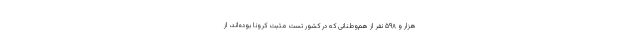
هزار و ۵۹۸ نفر از هم‌وطنانی که در کشور تست مثبت کرونا بوده‌اند، از